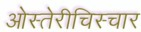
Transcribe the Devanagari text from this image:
ओस्तेरीचिस्चार